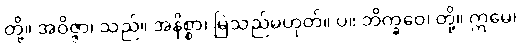
တို့။ အဝိဇ္ဇာ၊ သည်။ အနိစ္စာ၊ မြဲသည်မဟုတ်။ ပ။ ဘိက္ခဝေ၊ တို့။ ဣမေ၊